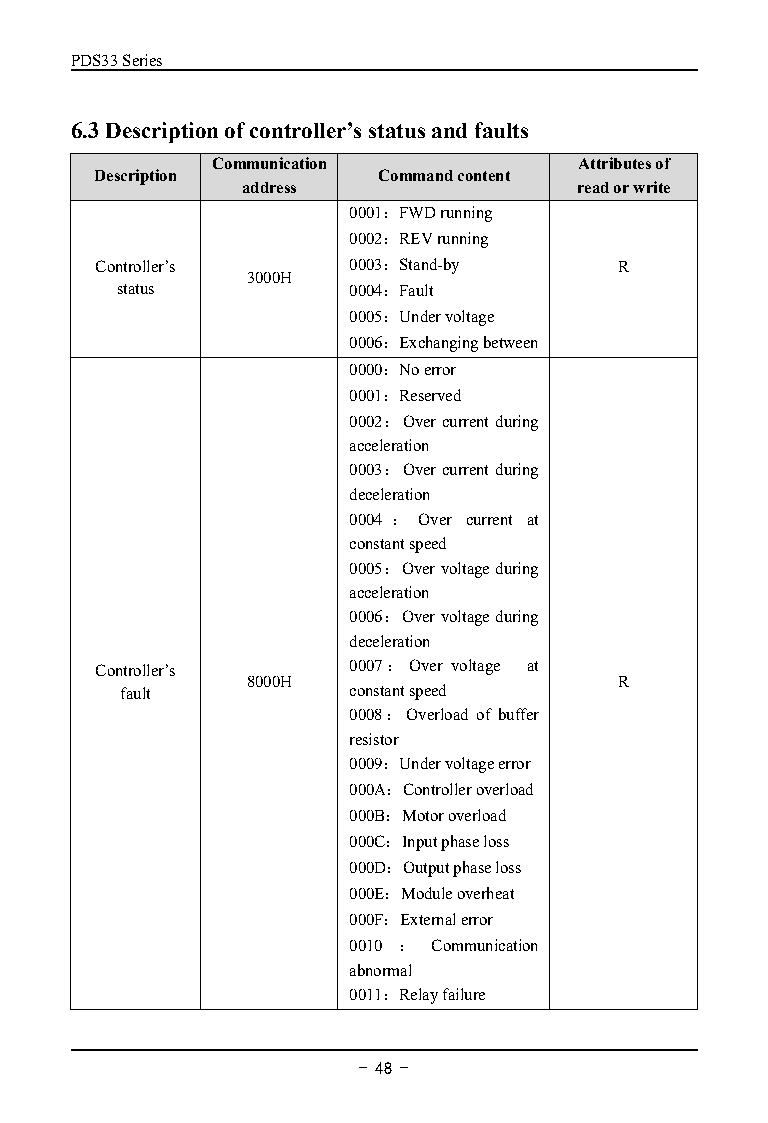
PDS33Series
 6.3Descriptionofcontroller’sstatusandfaults
 Communication           Attributesof
 Description        Commandcontent
 address               readorwrite
 0001：FWDrunning
 0002：REVrunning
 Controller’s     0003：Stand-by     R
 3000H
 status         0004：Fault
 0005：Undervoltage
 0006：Exchangingbetween
 0000：Noerror
 0001：Reserved
 0002：Overcurrentduring
 acceleration
 0003：Overcurrentduring
 deceleration
 0004 ： Over current at
 constantspeed
 0005：Overvoltageduring
 acceleration
 0006：Overvoltageduring
 deceleration
 Controller’s     0007：Over voltage at
 8000H                    R
 fault          constantspeed
 0008：Overload of buffer
 resistor
 0009：Undervoltageerror
 000A：Controlleroverload
 000B：Motoroverload
 000C：Inputphaseloss
 000D：Outputphaseloss
 000E：Moduleoverheat
 000F：Externalerror
 0010 ： Communication
 abnormal
 0011：Relayfailure
 - 48 -